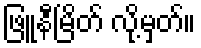
ဖြူနီမြိတ် လို့မှတ်။